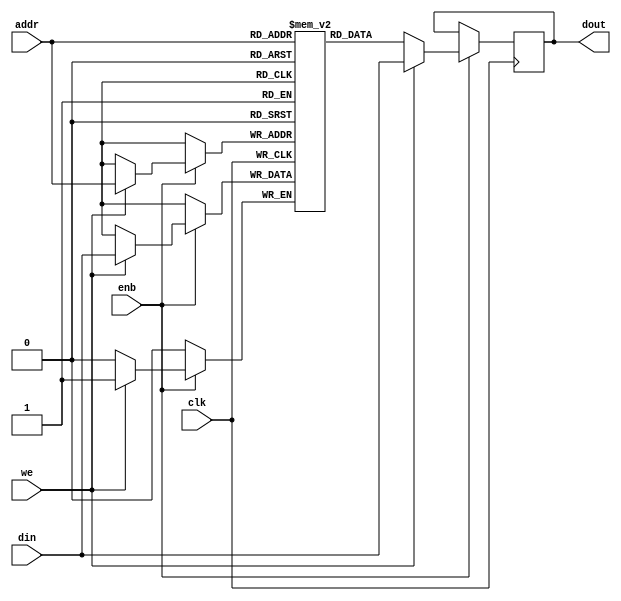
// -------------------------------------------------------------
// 
// 
// Generated by MATLAB 23.2, HDL Coder 23.2, and Simulink 23.2
// 
// -------------------------------------------------------------


// -------------------------------------------------------------
// 
// Module: SinglePortRAM_generic_block
// Source Path: SinglePortRAM_generic
// Hierarchy Level: 3
// Model version: 9.74
// 
// -------------------------------------------------------------

`timescale 1 ns / 1 ns

module SinglePortRAM_generic_block
          (clk,
           enb,
           din,
           addr,
           we,
           dout);

  parameter integer AddrWidth  = 1;
  parameter integer DataWidth  = 1;

  input   clk;
  input   enb;
  input   [DataWidth - 1:0] din;  // parameterized width
  input   [AddrWidth - 1:0] addr;  // parameterized width
  input   we;  // ufix1
  output  [DataWidth - 1:0] dout;  // parameterized width


  reg  [DataWidth - 1:0] ram [2**AddrWidth - 1:0];
  reg  [DataWidth - 1:0] data_int;
  integer i;

  initial begin
    for (i=0; i<=2**AddrWidth - 1; i=i+1) begin
      ram[i] = 0;
    end
    data_int = 0;
  end


  always @(posedge clk)
    begin : SinglePortRAM_generic_process
      if (enb == 1'b1) begin
        if (we == 1'b1) begin
          ram[addr] <= din;
          data_int <= din;
        end
        else begin
          data_int <= ram[addr];
        end
      end
    end

  assign dout = data_int;

endmodule  // SinglePortRAM_generic_block